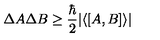
\Delta A \Delta B \ge \frac { \hbar } { 2 } \vert \langle [ A , B ] \rangle \vert